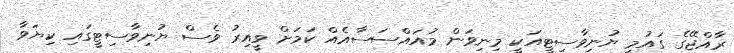
ރާއްޖޭގެ ގައުމީ ޔުނިވާސިޓީއަކީ މިނިވަން މުއައްސަސާއެއް ކަމަށް ވީއިރު ވެސް ޔުނިވާސިޓީގައި ކިޔަވާ